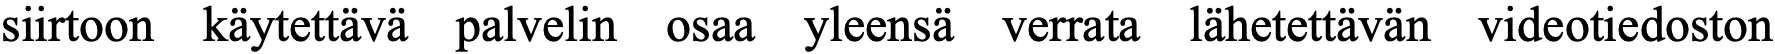
siirtoon käytettävä palvelin osaa yleensä verrata lähetettävän videotiedoston